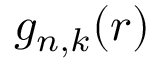
g _ { n , k } ( r )